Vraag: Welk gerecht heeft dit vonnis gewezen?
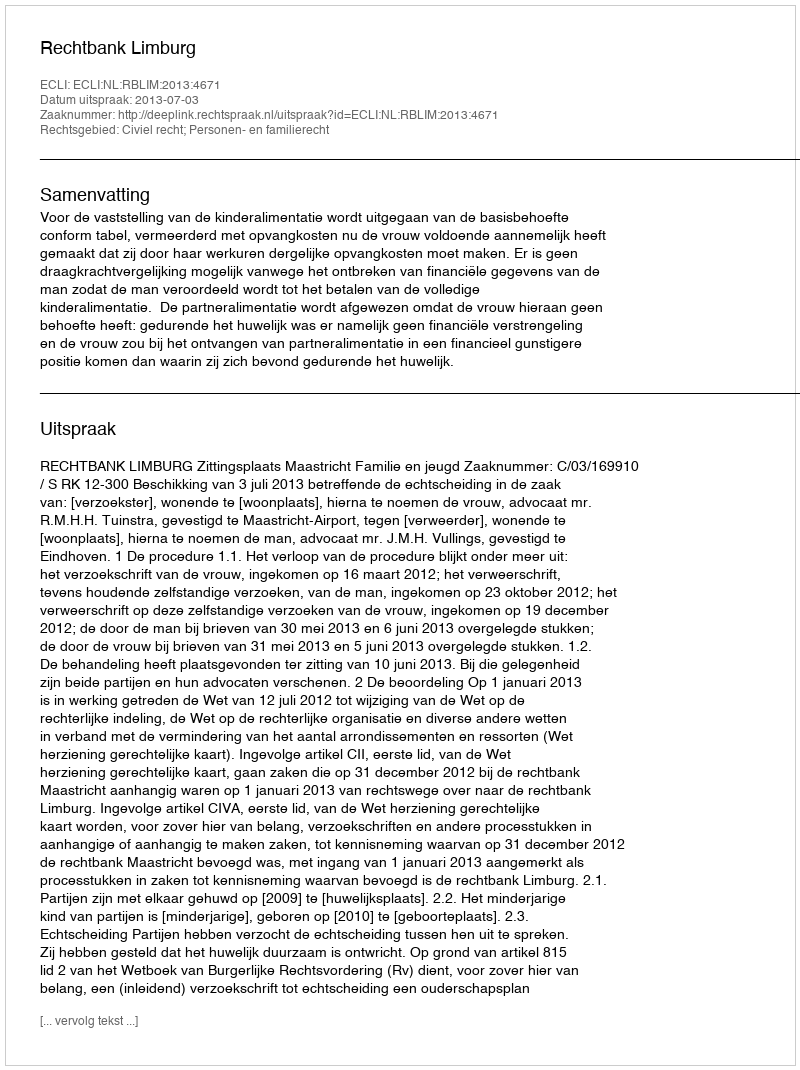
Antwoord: Rechtbank Limburg